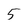
Character: 5